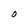
Character: O